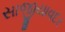
સાજીયાવદર